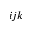
i j k